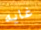
غايه